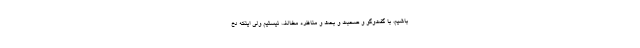
باشیم، با گفت‌وگو و صحبت و بحث و مناظره مخالف نیستیم ولی اینکه دخ